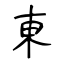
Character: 東